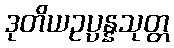
ဒုတိယဥပ္ပန္နသုတ္တ